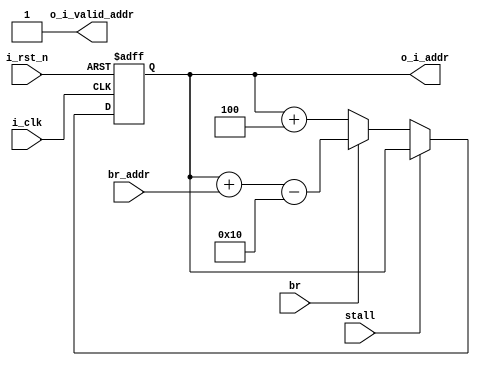
module PC #(
    parameter ADDR_W = 64
) (
    input                       i_clk,
    input                       i_rst_n,
    input                       stall,
    input                       br,
    input   [ ADDR_W-1 : 0 ]    br_addr,
    output  [ ADDR_W-1 : 0 ]    o_i_addr,
    output                      o_i_valid_addr
);

reg [ADDR_W - 1 : 0] o_i_addr_w = 64'h0;
reg [ADDR_W - 1 : 0] o_i_addr_r = 64'h0;

assign o_i_addr = o_i_addr_r;
assign o_i_valid_addr = 1;

always @(*) begin
    if (stall) begin
        o_i_addr_w = o_i_addr_r;
    end
    else if (br) begin
        o_i_addr_w = o_i_addr_r + br_addr - 16;
    end
    else begin
        o_i_addr_w = o_i_addr_r + 4;
    end
end

always @(posedge i_clk or negedge i_rst_n) begin
    if (~i_rst_n) begin
        o_i_addr_r = 0;
    end
    else begin
        o_i_addr_r = o_i_addr_w; 
    end
end
    
endmodule